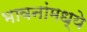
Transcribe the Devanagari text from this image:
भावनांमध्ये